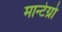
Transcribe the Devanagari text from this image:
मान्टेग्रो